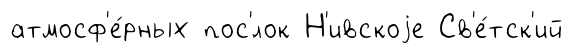
атмосф'е́рных пос'́лок Н'ивскоjе Св'е́тск'ий